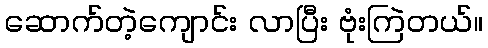
ဆောက်တဲ့ကျောင်း လာပြီး ဗုံးကြဲတယ်။